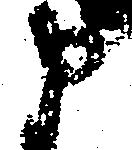
申